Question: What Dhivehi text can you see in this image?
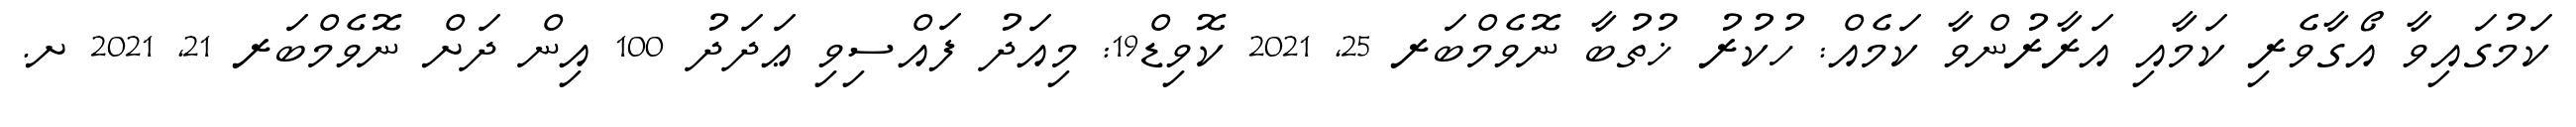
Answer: ކަމުގައިވާ އޯގާވެރި ކަމާއި އަރާރުންވާ ކަމެއް: ހުކުރު ޚުތުބާ ނޮވެމްބަރ 25, 2021 ކޮވިޑް19: މިއަދު ފައްސިވި ޢަދަދު 100 އިން ދަށް ނޮވެމްބަރ 21, 2021 ށ.